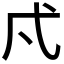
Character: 𭚠